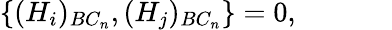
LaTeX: \{ (H_{i})_{BC_{n}},(H_{j})_{BC_{n}}\} =0,\mathrm{~\ \ \ \ \ \ \ \ \ \ \ ~}